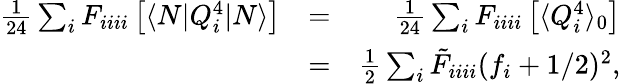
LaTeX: \begin{array}{rlr}{\frac{1}{24}\sum_{i}F_{iiii}\left[\langle N|Q_{i}^{4}|N\rangle\right]}&{=}&{\frac{1}{24}\sum_{i}F_{iiii}\left[\langle{Q_{i}^{4}}\rangle_{0}\right]}\\ &{=}&{\frac{1}{2}\sum_{i}\tilde{F}_{iiii}{(f_{i}+1/2)^{2}},}\end{array}